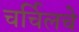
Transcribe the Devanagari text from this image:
चर्चिलचे